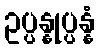
ဥပ္ပန္နုပ္ပန္နံ